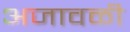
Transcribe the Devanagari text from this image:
अजावळी